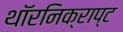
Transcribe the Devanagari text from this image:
थॉरनिक्राप्ट